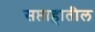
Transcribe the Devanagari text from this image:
सप्ताहातील